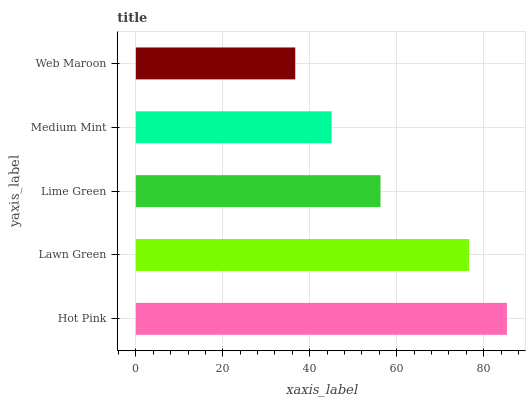
| yaxis_label | bars |
 | --- | --- |
 | Hot Pink | 85.4 |
 | Lawn Green | 76.7 |
 | Lime Green | 56.3 |
 | Medium Mint | 45 |
 | Web Maroon | 36.7 |